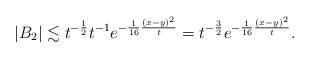
LaTeX: \begin{align*}|B_{2}|\lesssim t^{-\frac{1}{2}}t^{-1} e^{-\frac{1}{16}\frac{(x-y)^{2}}{t}}=t^{-\frac{3}{2}}e^{-\frac{1}{16}\frac{(x-y)^{2}}{t}}.\end{align*}